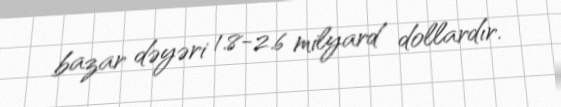
bazar dəyəri 1.8-2.6 milyard dollardır.